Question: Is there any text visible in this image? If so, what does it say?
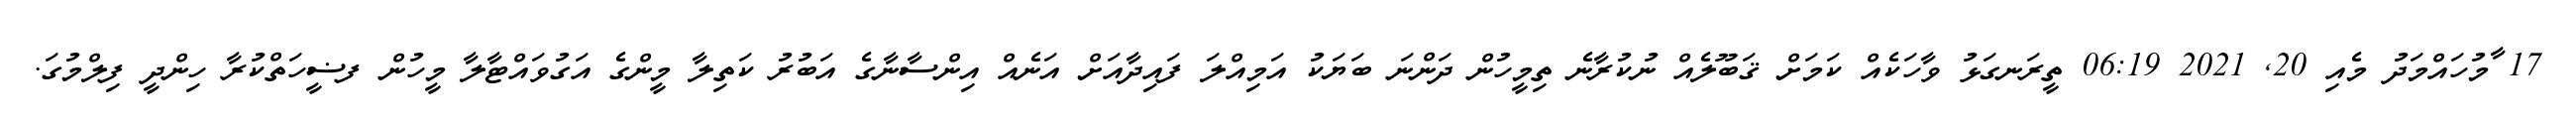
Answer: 17 ާމުހައްމަދު މެއި 20, 2021 06:19 ތީރަނގަޅު ވާހަކެއް ކަމަށް ޤަބޫލެއް ނުކުރާނެ ތިމީހުން ދަންނަ ބަޔަކު އަމިއްލަ ފައިދާއަށް އަނެއް އިންސާނާގެ އަބުރު ކަތިލާ މީންގެ އަގުވައްޓާލާ މީހުން ފޟީހަތްކުރާ ހިންދީ ފިލްމުގަ.